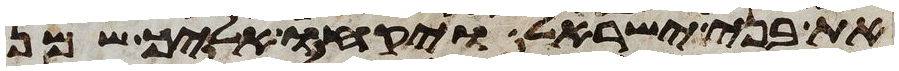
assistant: את בני ישראל ויקחו אליך שמן